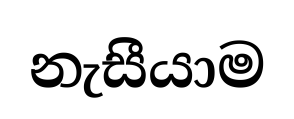
නැසීයාම